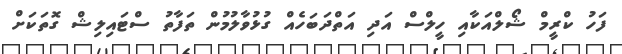
ފަހު ކްރީމް ޝޯލްއަކާއި ހީލްސް އަދި އަތްދަބަހެއް ގުޅުވާލުމުން ތަފާތު ސްޓައިލިޝް ގޮތަކަށް